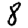
Digit: 8